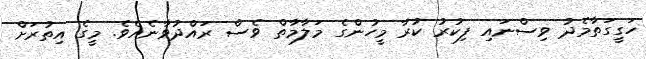
ހަގީގަތާމެދު ވިސްނައި ފިކުރު ކުރާ މީހުންގެ މަލާމާތް ވެސް ރައްދުވާނެއެވެ. މީގެ އިތުރަށް